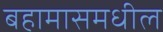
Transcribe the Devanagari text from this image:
बहामासमधील